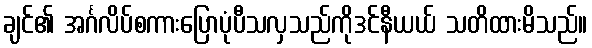
ချင်၏ အင်္ဂလိပ်စကားပြောပုံပီသလှသည်ကိုဒင်နီယယ် သတိထားမိသည်။